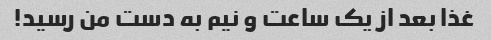
غذا بعد از یک ساعت و نیم به دست من رسید!